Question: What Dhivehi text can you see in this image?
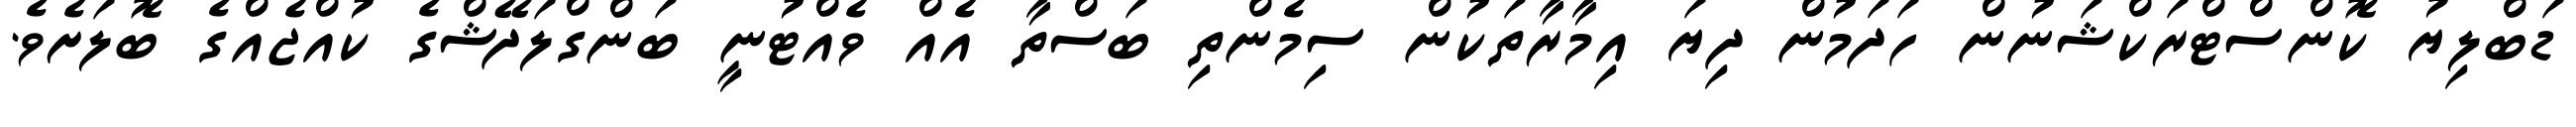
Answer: ޑަބްލިޔު ކޮންސްޓްރަކްޝަނުން ހަދަމުން ދިޔަ އިމާރާތަކުން ސިމެންތި ބަސްތާ އެއް ވެއްޓުނީ ބަންގްލަދޭޝްގެ ކުއްޖެއްގެ ބޮލަށެވެ.